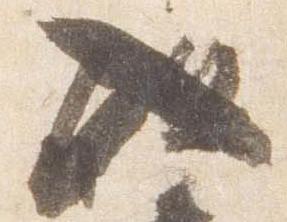
入